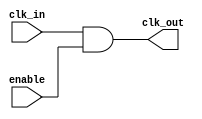
module clock_gating_cell (
    input wire clk_in,      // Input clock signal
    input wire enable,      // Enable signal
    output wire clk_out     // Gated clock output
);

    // Gated clock logic
    assign clk_out = clk_in & enable; // Pass clk_in when enable is high

endmodule